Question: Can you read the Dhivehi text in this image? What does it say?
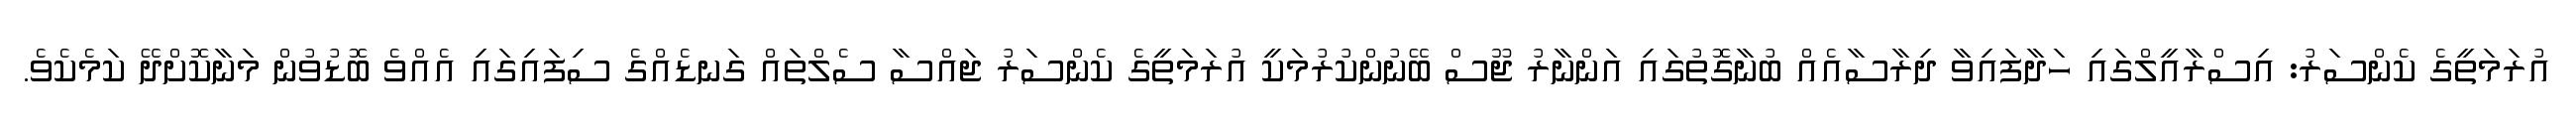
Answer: އުރަމަތީގެ ކެންސަރު: އިސްރާއީލްގައި ހަދާފައިވާ ދިރާސާއެއް ބުނާގޮތުގައި އަންނާރު ޖޫސް ބޭނުންކުރުމަކީ އުރަމަތީގެ ކެންސަރު ޖައްސާ ސެލްތައް ގަނޑެއްގެ ސިފައިގައި އެއްވެ ބޮޑުވުން މަނާކޮށްދޭ ކަމެކެވެ.